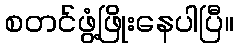
စတင်ဖွံ့ဖြိုးနေပါပြီ။